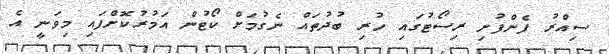
ސިއްރު ފެންފުށި ރިސޯޓުގައި ހުރި ބުދުތައް ނެގުމަށް ކޯޓުން އަމުރުކޮށްފައި މިވަނީ އެ